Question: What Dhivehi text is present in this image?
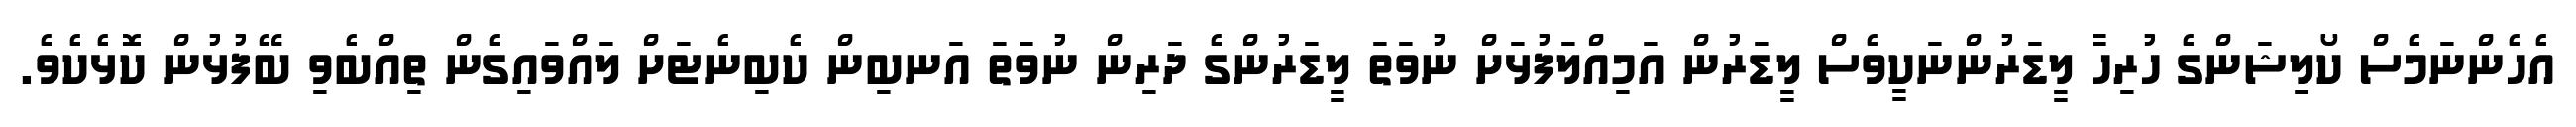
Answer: އެހެންނަމެސް ކޯލިޝަންގެ ހުރިހާ ލީޑަރުންނަކީވެސް ލީޑަރުން އަމިއްލަފުޅަށް ނުވަތަ ލީޑަރުންގެ ދަރިން ނުވަތަ އަނބިން ކެބިނެޓަށް ލައްވައިގެން ތިއްބެވި ބޭފުޅުން ކޮޅެކެވެ.